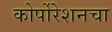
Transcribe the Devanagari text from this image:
कोर्पोरेशनचा